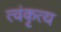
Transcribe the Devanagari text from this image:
त्वंकृत्य